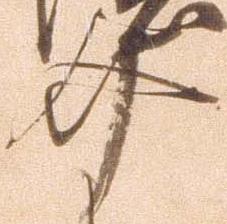
介